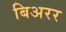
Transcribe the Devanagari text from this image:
बिअरर